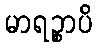
မာရဉ္စာပိ